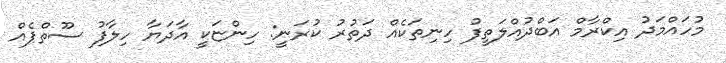
މުހައްމަދު އިކްރާމް އަބްދުއްލަތީފު ހިނިތަކެއް ދަތުރު ކުރަނީ: ހިންޏަކީ އާދަޔާ ހިލާފު ސޫތްޕެއް